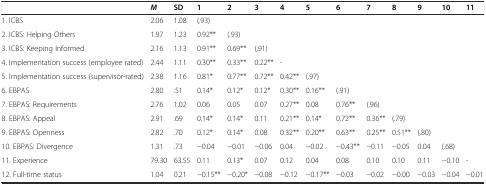
<table><thead><tr><td>[EMPTY_CELL]</td><td><b><i>M</i></b></td><td><b>SD</b></td><td><b>1</b></td><td><b>2</b></td><td><b>3</b></td><td><b>4</b></td><td><b>5</b></td><td><b>6</b></td><td><b>7</b></td><td><b>8</b></td><td><b>9</b></td><td><b>10</b></td><td><b>11</b></td></tr></thead><tbody><tr><td>1. ICBS</td><td>2.06</td><td>1.08</td><td>(.93)</td><td>[EMPTY_CELL]</td><td>[EMPTY_CELL]</td><td>[EMPTY_CELL]</td><td>[EMPTY_CELL]</td><td>[EMPTY_CELL]</td><td>[EMPTY_CELL]</td><td>[EMPTY_CELL]</td><td>[EMPTY_CELL]</td><td>[EMPTY_CELL]</td><td>[EMPTY_CELL]</td></tr><tr><td>2. ICBS: Helping Others</td><td>1.97</td><td>1.23</td><td>0.92**</td><td>(.93)</td><td>[EMPTY_CELL]</td><td>[EMPTY_CELL]</td><td>[EMPTY_CELL]</td><td>[EMPTY_CELL]</td><td>[EMPTY_CELL]</td><td>[EMPTY_CELL]</td><td>[EMPTY_CELL]</td><td>[EMPTY_CELL]</td><td>[EMPTY_CELL]</td></tr><tr><td>3. ICBS: Keeping Informed</td><td>2.16</td><td>1.13</td><td>0.91**</td><td>0.69**</td><td>(.91)</td><td>[EMPTY_CELL]</td><td>[EMPTY_CELL]</td><td>[EMPTY_CELL]</td><td>[EMPTY_CELL]</td><td>[EMPTY_CELL]</td><td>[EMPTY_CELL]</td><td>[EMPTY_CELL]</td><td>[EMPTY_CELL]</td></tr><tr><td>4. Implementation success (employee rated)</td><td>2.44</td><td>1.11</td><td>0.30**</td><td>0.33**</td><td>0.22**</td><td>-</td><td>[EMPTY_CELL]</td><td>[EMPTY_CELL]</td><td>[EMPTY_CELL]</td><td>[EMPTY_CELL]</td><td>[EMPTY_CELL]</td><td>[EMPTY_CELL]</td><td>[EMPTY_CELL]</td></tr><tr><td>5. Implementation success (supervisor-rated)</td><td>2.38</td><td>1.16</td><td>0.81*</td><td>0.77**</td><td>0.72**</td><td>0.42**</td><td>(.97)</td><td>[EMPTY_CELL]</td><td>[EMPTY_CELL]</td><td>[EMPTY_CELL]</td><td>[EMPTY_CELL]</td><td>[EMPTY_CELL]</td><td>[EMPTY_CELL]</td></tr><tr><td>6. EBPAS</td><td>2.80</td><td>.51</td><td>0.14*</td><td>0.12*</td><td>0.12*</td><td>0.30**</td><td>0.16**</td><td>(.91)</td><td>[EMPTY_CELL]</td><td>[EMPTY_CELL]</td><td>[EMPTY_CELL]</td><td>[EMPTY_CELL]</td><td>[EMPTY_CELL]</td></tr><tr><td>7. EBPAS: Requirements</td><td>2.76</td><td>1.02</td><td>0.06</td><td>0.05</td><td>0.07</td><td>0.27**</td><td>0.08</td><td>0.76**</td><td>(.96)</td><td>[EMPTY_CELL]</td><td>[EMPTY_CELL]</td><td>[EMPTY_CELL]</td><td>[EMPTY_CELL]</td></tr><tr><td>8. EBPAS: Appeal</td><td>2.91</td><td>.69</td><td>0.14*</td><td>0.14*</td><td>0.11</td><td>0.21**</td><td>0.14*</td><td>0.72**</td><td>0.36**</td><td>(.79)</td><td>[EMPTY_CELL]</td><td>[EMPTY_CELL]</td><td>[EMPTY_CELL]</td></tr><tr><td>9. EBPAS: Openness</td><td>2.82</td><td>.70</td><td>0.12*</td><td>0.14*</td><td>0.08</td><td>0.32**</td><td>0.20**</td><td>0.63**</td><td>0.25**</td><td>0.51**</td><td>(.80)</td><td>[EMPTY_CELL]</td><td>[EMPTY_CELL]</td></tr><tr><td>10. EBPAS: Divergence</td><td>1.31</td><td>.73</td><td>−0.04</td><td>−0.01</td><td>−0.06</td><td>0.04</td><td>−0.02</td><td>−0.43**</td><td>−0.11</td><td>−0.05</td><td>0.04</td><td>(.68)</td><td>[EMPTY_CELL]</td></tr><tr><td>11. Experience</td><td>79.30</td><td>63.55</td><td>0.11</td><td>0.13*</td><td>0.07</td><td>0.12</td><td>0.04</td><td>0.08</td><td>0.10</td><td>0.10</td><td>0.11</td><td>−0.10</td><td>-</td></tr><tr><td>12. Full-time status</td><td>1.04</td><td>0.21</td><td>−0.15**</td><td>−0.20*</td><td>−0.08</td><td>−0.12</td><td>−0.17**</td><td>−0.03</td><td>−0.02</td><td>−0.00</td><td>−0.03</td><td>−0.04</td><td>−0.01</td></tr></tbody></table>